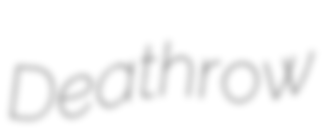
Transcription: Deathrow